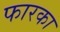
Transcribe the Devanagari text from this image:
फारका